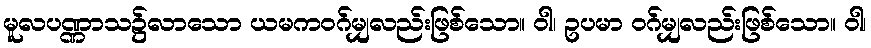
မူလပဏ္ဏာသ၌လာသော ယမကဝဂ်မျှလည်းဖြစ်သော။ ဝါ၊ ဥပမာ ဝဂ်မျှလည်းဖြစ်သော။ ဝါ၊